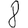
Digit: 8